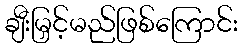
ချီးမြှင့်မည်ဖြစ်ကြောင်း